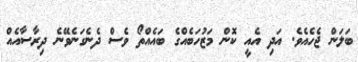
ބަލަން ޖެހެއެވެ. އަދި އެއީ ކޮން މަޒުހަބެއްގެ ބައެއްތޯ ވެސް ދެނެގަނެވޭނެ ދިރާސާއެއް